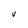
Character: V